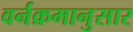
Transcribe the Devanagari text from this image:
वर्नक्रमानुसार